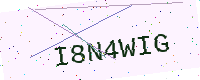
Text: I8N4WIG